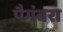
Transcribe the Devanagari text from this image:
पैगंबरा